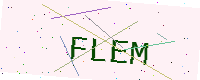
Text: FLEM